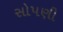
સોપણી